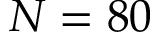
N = 8 0